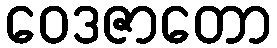
ဝေဒဇာတော